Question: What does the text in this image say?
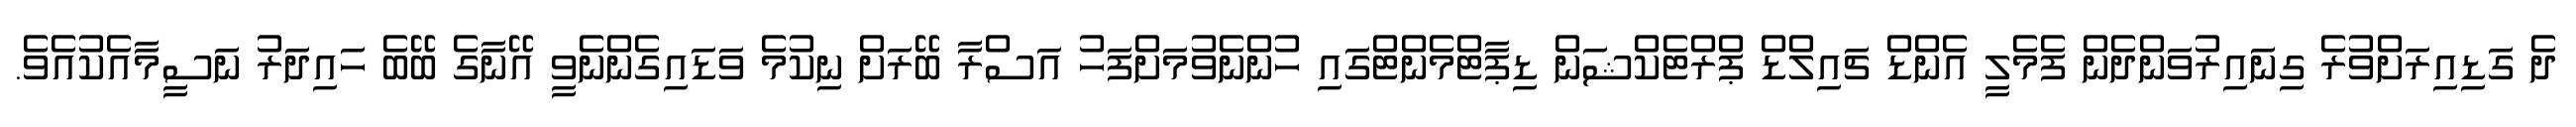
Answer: ދެ ގަޑިއިރަށްވުރެ ގިނައިރުވަންދެން ފެމެލީ އެންޑް ޗައިލްޑް ޕްރްޓެކްޝަން ޑިޕާޓްމެންޓްގައި ހުންނެވުމަށްފަހު އަސްރާ ބޭރަށް ނިކުމެ ވަޑައިގެންނެވީ އޭނާގެ ބޭބެ ހައިދަރު ނަސީމާއެކުއެވެ.